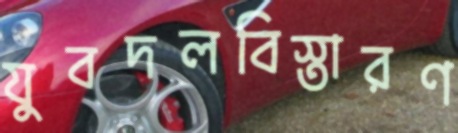
যুবদলবিস্তারণ